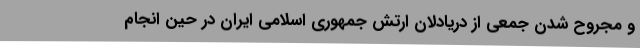
و مجروح شدن جمعی از دریادلان ارتش جمهوری اسلامی ایران در حین انجام